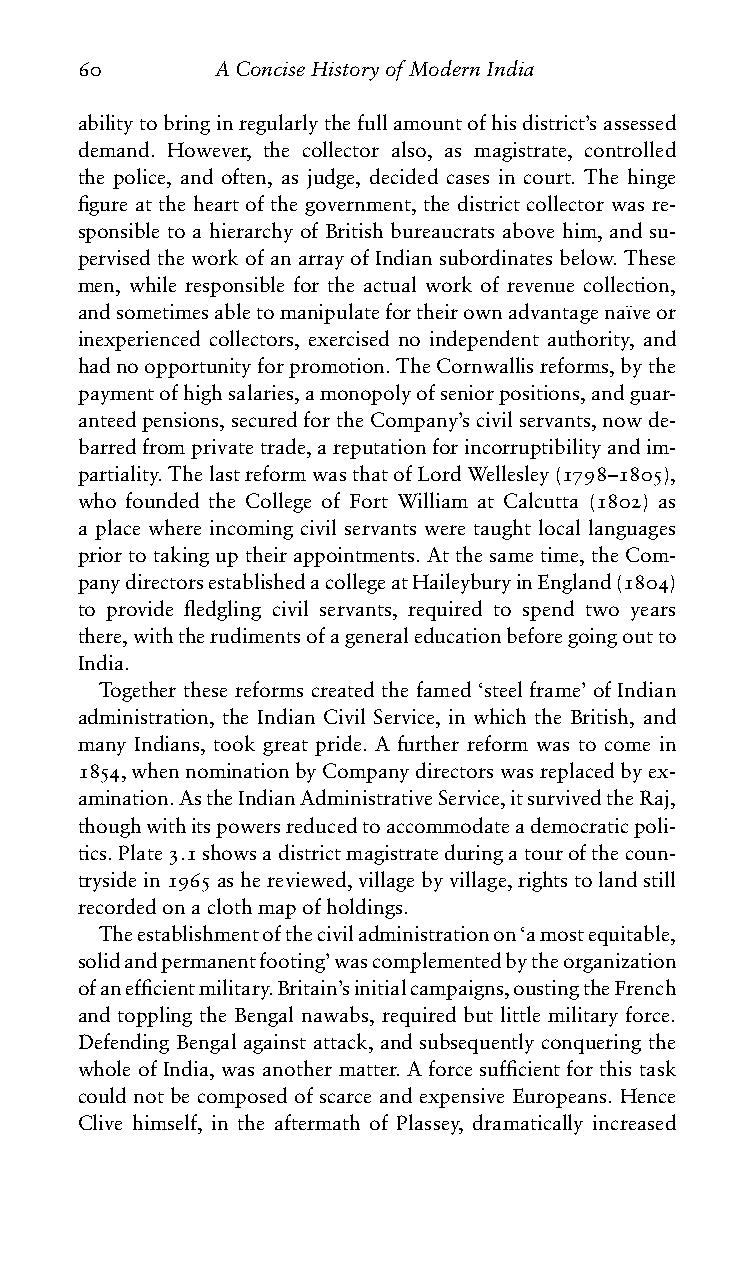
60       AConciseHistoryofModernIndia
 abilitytobringinregularlythefullamountofhisdistrict’sassessed
 demand. However, the collector also, as magistrate, controlled
 the police, and often, as judge, decided cases in court. The hinge
 figure at the heart of the government, the district collector was re-
 sponsible to a hierarchy of British bureaucrats above him, and su-
 pervisedtheworkofanarrayofIndiansubordinatesbelow.These
 men, while responsible for the actual work of revenue collection,
 andsometimesabletomanipulatefortheirownadvantagena¨ıveor
 inexperienced collectors, exercised no independent authority, and
 hadnoopportunityforpromotion.TheCornwallisreforms,bythe
 paymentofhighsalaries,amonopolyofseniorpositions,andguar-
 anteedpensions,securedfortheCompany’scivilservants,nowde-
 barredfromprivatetrade,areputationforincorruptibilityandim-
 partiality.ThelastreformwasthatofLordWellesley(1798–1805),
 who founded the College of Fort William at Calcutta (1802) as
 a place where incoming civil servants were taught local languages
 priortotakinguptheirappointments.Atthesametime,theCom-
 panydirectorsestablishedacollegeatHaileyburyinEngland(1804)
 to provide fledgling civil servants, required to spend two years
 there,withtherudimentsofageneraleducationbeforegoingoutto
 India.
 Together these reforms created the famed ‘steel frame’ of Indian
 administration, the Indian Civil Service, in which the British, and
 many Indians, took great pride. A further reform was to come in
 1854,whennominationbyCompanydirectorswasreplacedbyex-
 amination.AstheIndianAdministrativeService,itsurvivedtheRaj,
 thoughwithitspowersreducedtoaccommodateademocraticpoli-
 tics.Plate3.1showsadistrictmagistrateduringatourofthecoun-
 trysidein1965ashereviewed,villagebyvillage,rightstolandstill
 recordedonaclothmapofholdings.
 Theestablishmentoftheciviladministrationon‘amostequitable,
 solidandpermanentfooting’wascomplementedbytheorganization
 ofanefficientmilitary.Britain’sinitialcampaigns,oustingtheFrench
 and toppling the Bengal nawabs, required but little military force.
 Defending Bengal against attack, and subsequently conquering the
 whole of India, was another matter. A force sufficient for this task
 could not be composed of scarce and expensive Europeans. Hence
 Clive himself, in the aftermath of Plassey, dramatically increased